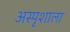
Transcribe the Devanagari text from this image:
अस्पृशाला